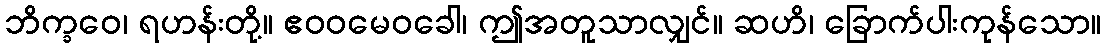
ဘိက္ခဝေ၊ ရဟန်းတို့။ ဧဝဝမေဝခေါ၊ ဤအတူသာလျှင်။ ဆဟိ၊ ခြောက်ပါးကုန်သော။